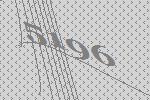
5196